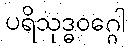
ပရိသုဒ္ဓဝဂ္ဂေါ